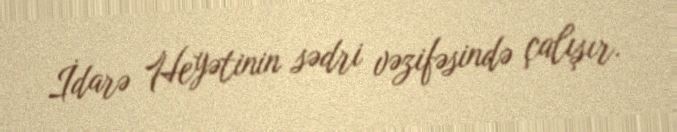
İdarə Heyətinin sədri vəzifəsində çalışır.